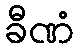
ခီဏံ